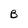
Character: B